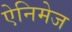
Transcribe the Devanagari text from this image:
ऐनिमेज